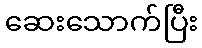
ဆေးသောက်ပြီး